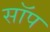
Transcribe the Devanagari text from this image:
सॉप